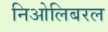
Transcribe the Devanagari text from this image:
निओलिबरल